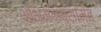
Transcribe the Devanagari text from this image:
अभिमन्युसामंत